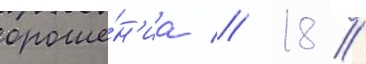
ороше́н'иа // 18 /